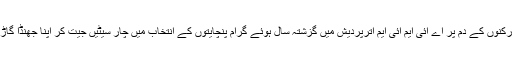
ان فعال کارکنوں کے دم پر اے آئی ایم آئی ایم اترپردیش میں گزشتہ سال ہوئے گرام پنچایتوں کے انتخاب میں چار سیٹیں جیت کر اپنا جھنڈا گاڑ چکی ہے۔